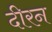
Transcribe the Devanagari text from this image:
दीरन